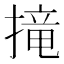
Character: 𢲣